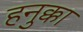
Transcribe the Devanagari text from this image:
हनुक्का